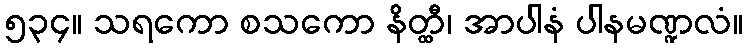
၅၃၄။ သရကော စသကော နိတ္ထီ၊ အာပါနံ ပါနမဏ္ဍလံ။